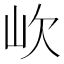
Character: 㰞